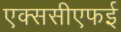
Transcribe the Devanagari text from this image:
एक्ससीएफई